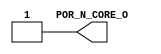
// ------------------------------------------------------------
// Company           :   racyics                      
//                    			
// Filename          :                   
// Project Name      :   p_ri
// Subproject Name   :   s_libio_gf22fdsoi
// Description       :               
//
// Last Change       :   $Date: 2020-08-20 10:35:38 +0200 (Thu, 20 Aug 2020) $
// by                :   $Author: henker $                  			
// ------------------------------------------------------------
`timescale 1ns/10ps
`celldefine
module RIIO_EG1D80V_POR_CORE_V0D3_RVT28_H(
	
		  POR_N_CORE_O
	
`ifdef USE_PG_PIN
		, VDDIO
		, VSSIO
		, VDD
		, VSS
		, VDD_POR
		, VSS_POR
`endif// USE_PG_PIN
);

	
	//outputs
output
`ifdef USE_AMS_EXTENSION
`ifdef INCA
    (* integer supplySensitivity = "VDD_POR";
	   integer groundSensitivity = "VSS_POR"; *)
`endif//INCA
`endif//USE_AMS_EXTENSION
  POR_N_CORE_O;



`ifdef USE_PG_PIN
	// supply
inout 
`ifdef USE_AMS_EXTENSION
`ifdef INCA
    (* integer inh_conn_prop_name = "vddio";
       integer inh_conn_def_value = "cds_globals.\\\\VDDIO! "; *)
`endif//INCA
`endif//USE_AMS_EXTENSION
  VDDIO;
inout 
`ifdef USE_AMS_EXTENSION
`ifdef INCA
    (* integer inh_conn_prop_name = "vssio";
       integer inh_conn_def_value = "cds_globals.\\\\VSSIO! "; *)
`endif//INCA
`endif//USE_AMS_EXTENSION
  VSSIO;
inout 
`ifdef USE_AMS_EXTENSION
`ifdef INCA
    (* integer inh_conn_prop_name = "vdd";
       integer inh_conn_def_value = "cds_globals.\\\\VDD! "; *)
`endif//INCA
`endif//USE_AMS_EXTENSION
  VDD;
inout 
`ifdef USE_AMS_EXTENSION
`ifdef INCA
    (* integer inh_conn_prop_name = "vss";
       integer inh_conn_def_value = "cds_globals.\\\\VSS! "; *)
`endif//INCA
`endif//USE_AMS_EXTENSION
  VSS;

inout 
`ifdef USE_AMS_EXTENSION
`ifdef INCA
    (* integer inh_conn_prop_name = "vdd_por";
       integer inh_conn_def_value = "cds_globals.\\\\VDD_POR! "; *)
`endif//INCA
`endif//USE_AMS_EXTENSION
  VDD_POR;
inout 
`ifdef USE_AMS_EXTENSION
`ifdef INCA
    (* integer inh_conn_prop_name = "vss_por";
       integer inh_conn_def_value = "cds_globals.\\\\VSS_POR! "; *)
`endif//INCA
`endif//USE_AMS_EXTENSION
  VSS_POR;
  
`endif// USE_PG_PIN


//////////////////////////////////////////////////////////
//MODEL
//////////////////////////////////////////////////////////

parameter DELAY = 20;

wire rst;
assign #(DELAY) rst = 1'b0;

assign POR_N_CORE_O = (rst===1'b0) ? 1'b1 : 1'b0;

endmodule
`endcelldefine